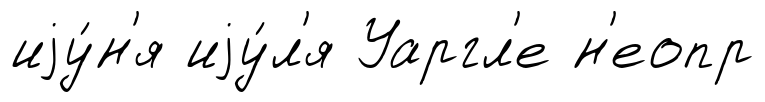
иjу́н'я иjу́л'я Уаргл'е н'еопр